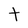
Character: t